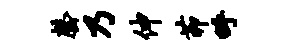
罄乃伸茆呼